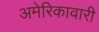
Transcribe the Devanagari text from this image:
अमेरिकावारी